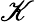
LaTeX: \mathscr{K}